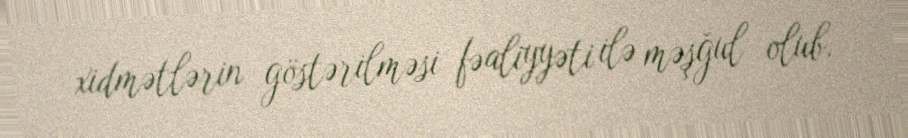
xidmətlərin göstərilməsi fəaliyyəti ilə məşğul olub.